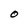
Character: O